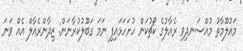
މައުލޫމާތު މުއްސަނދިވި ރެއާލުގެ ކޯޗުކަން ހުށަހަޅައިފި ނަމަ ގަބޫލުކުރާނަން: ޒިދާންރެއާލް އެއް ވަނަ